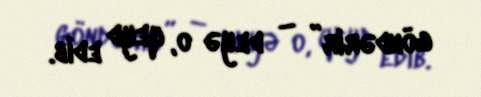
göndərir” – deyə o, qeyd edib.